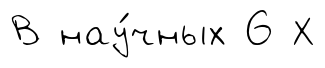
В нау́чных 6 Х